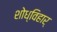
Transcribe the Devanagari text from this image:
शोध्विहार्